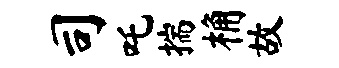
司吒揣桷故